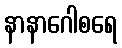
နာနာဂေါစရေ